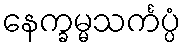
နေက္ခမ္မသင်္ကပ္ပံ